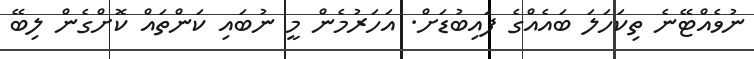
ނުވެއްޓޭނެ ތިކަހަލަ ބައެއްގެ ފައިބުޑަށް. އަހަރުމެން މީ ނުބައި ކަންތައް ކޮށްގެން ލިބޭ